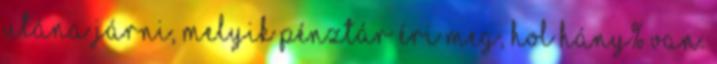
utána járni, melyik pénztár éri meg, hol hány% van.